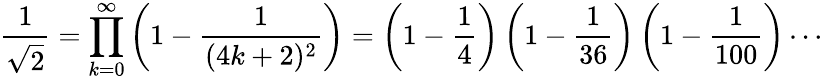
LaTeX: {\frac{1}{\sqrt{2}}}=\prod_{k=0}^{\infty}\left(1-{\frac{1}{(4k+2)^{2}}}\right)=\left(1-{\frac{1}{4}}\right)\left(1-{\frac{1}{36}}\right)\left(1-{\frac{1}{100}}\right)\cdots